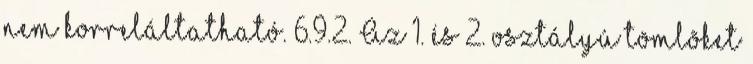
nem korreláltatható. 6.9.2. Az 1. és 2. osztályú tömlõket